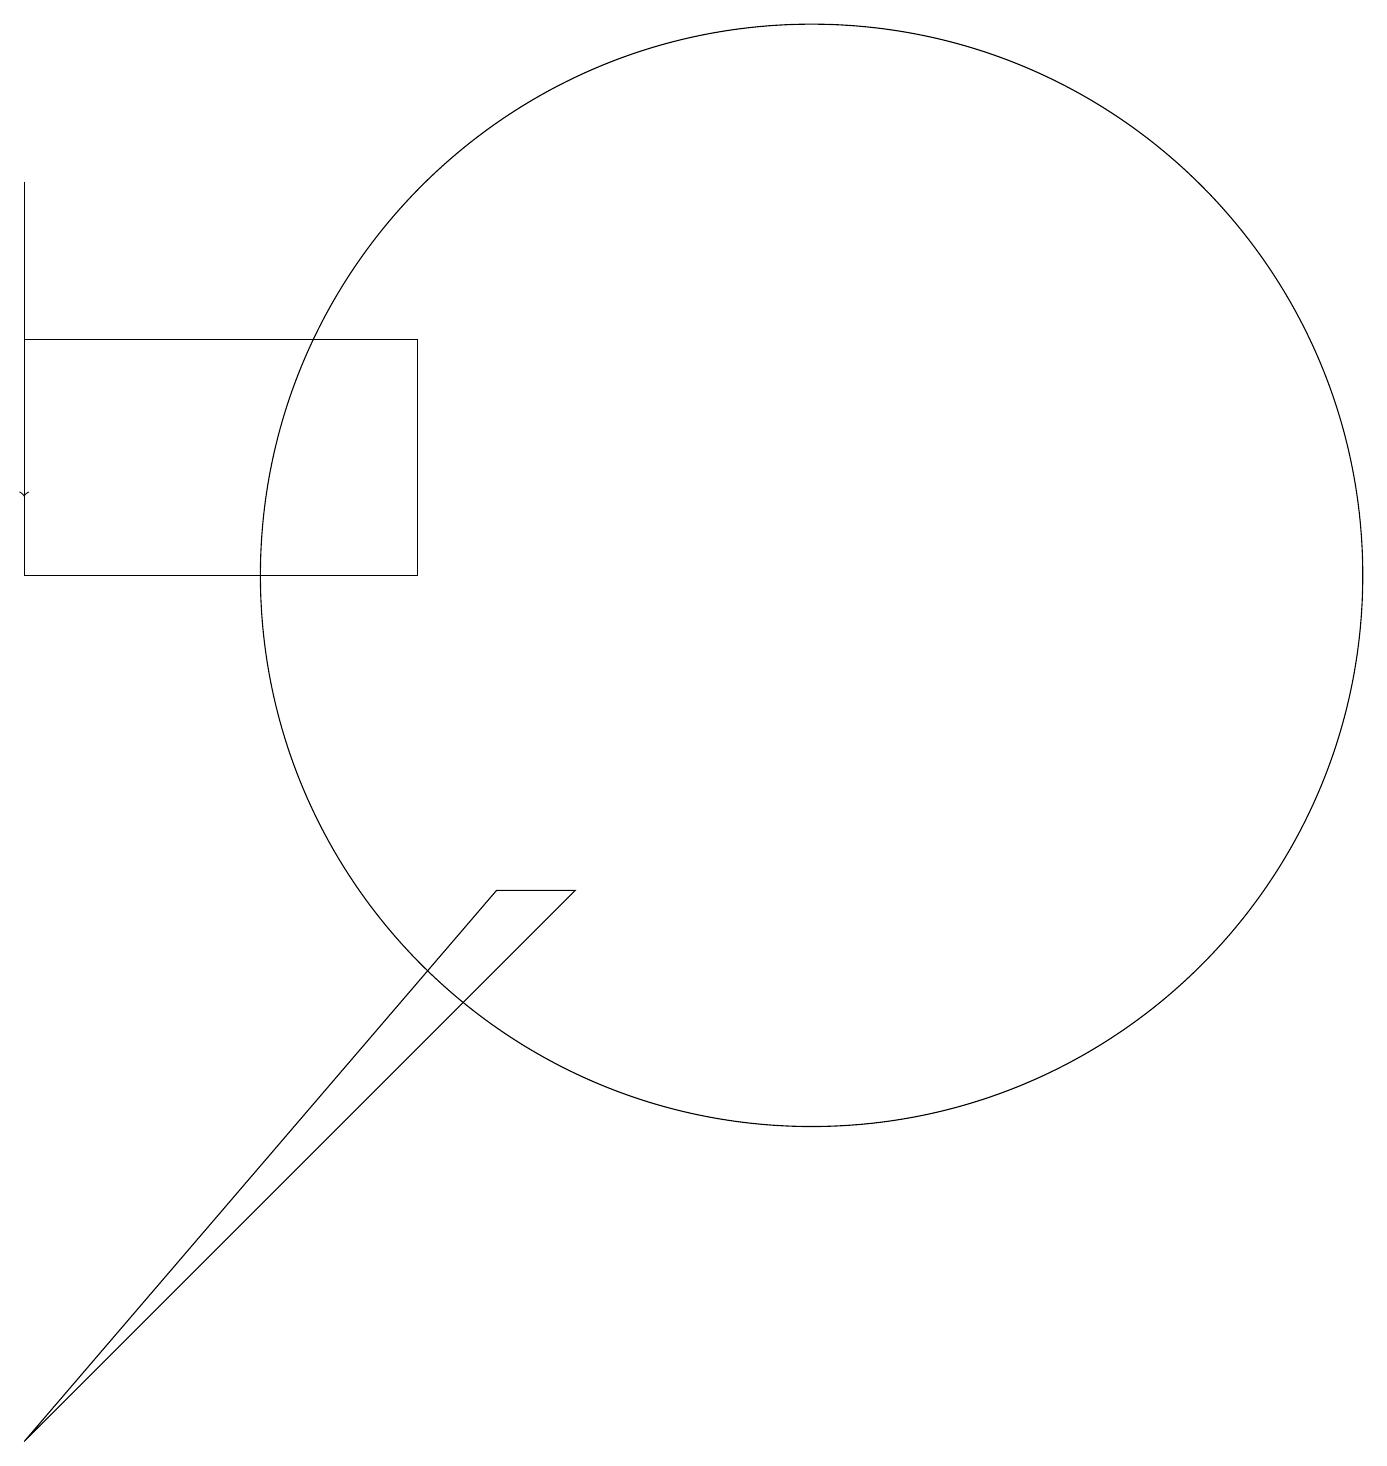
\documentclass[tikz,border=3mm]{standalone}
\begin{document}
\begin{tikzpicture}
\draw (0,1) -- (7,8) -- (6,8) -- cycle;
\draw (10,12) circle (7);
\draw (0,15) rectangle (5,12);
\draw[->] (0,17) -- (0,13);
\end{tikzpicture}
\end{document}